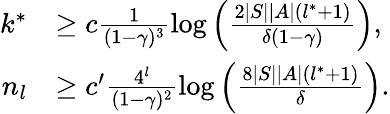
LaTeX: \begin{array}{rl}{k^{*}}&{\geq c\frac{1}{(1-\gamma)^{3}}\log\left(\frac{2|S||A|(l^{*}+1)}{\delta(1-\gamma)}\right),}\\ {n_{l}}&{\geq c^{\prime}\frac{4^{l}}{(1-\gamma)^{2}}\log\left(\frac{8|S||A|(l^{*}+1)}{\delta}\right).}\end{array}